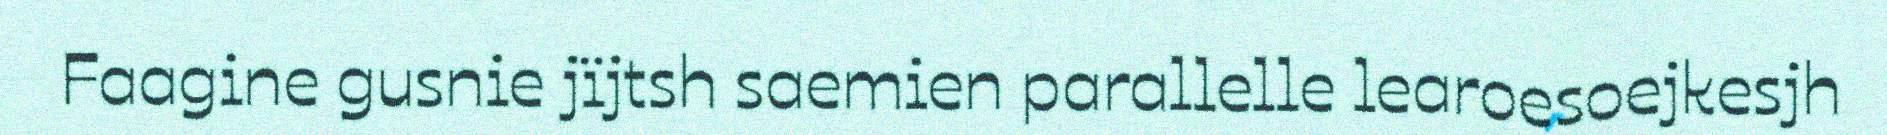
Faagine gusnie jïjtsh saemien parallelle learoesoejkesjh